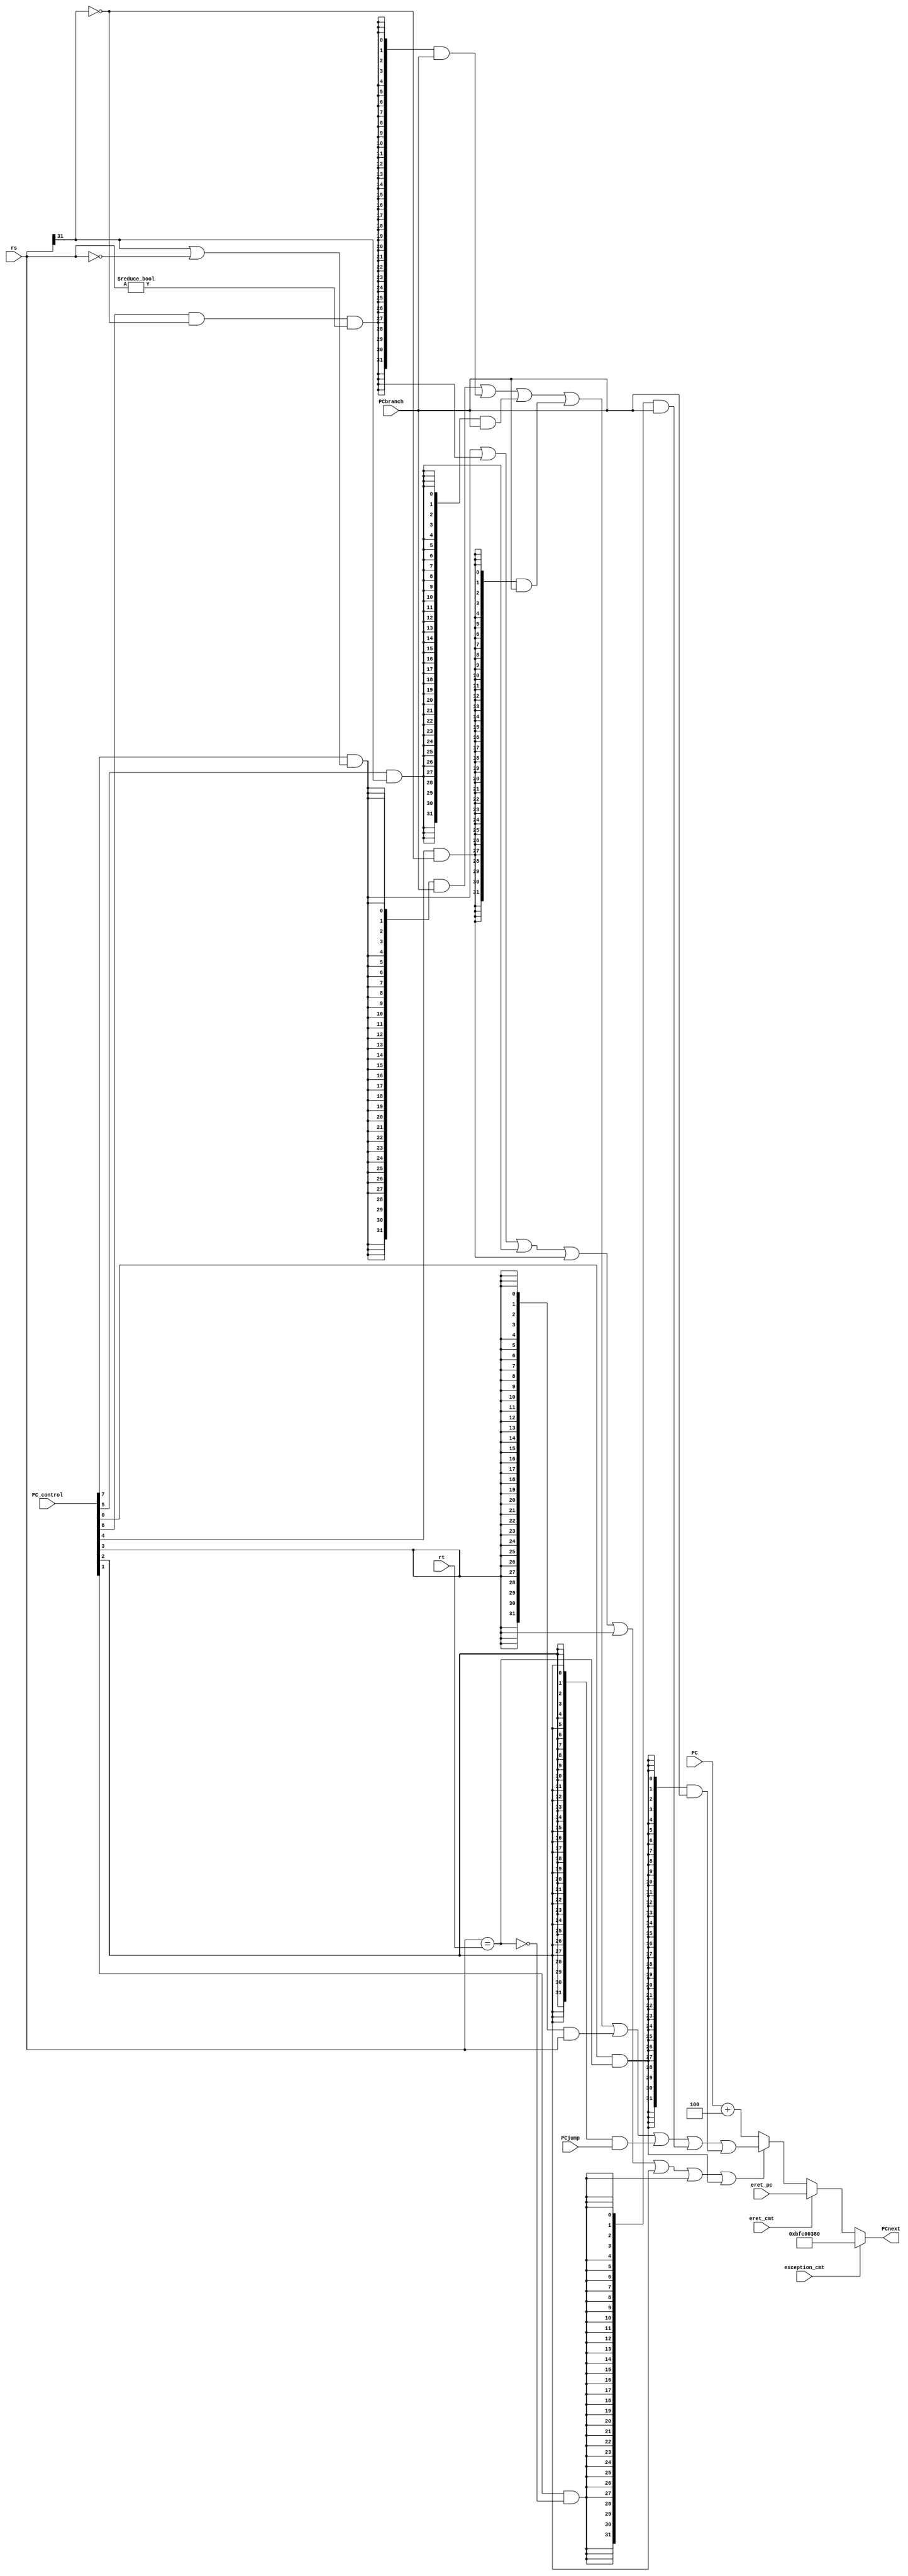
module branch_jump_control(
  input exception_cmt,
  input eret_cmt,
  input [31:0] eret_pc,
	input [7:0] PC_control,
	input [31:0] PCbranch,
	input [31:0] PCjump,
	input [31:0] PC,
	input [31:0] rs,
	input [31:0] rt,
	output [31:0] PCnext
	);
wire zero;
wire [31:0] PCbranch_jump;
wire bj;
assign bj =  (PC_control[7]&(rs[31]|(rs==32'd0)))|(PC_control[6]&(~rs[31])&(rs!=32'd0))
          |(PC_control[5]&rs[31]) | (PC_control[4]&(~rs[31])) 
          | PC_control[3] | PC_control[2] | (PC_control[1]&(~zero)) |(PC_control[0]&zero);

assign zero = (rs==rt);
assign PCbranch_jump=({32{PC_control[7]&(rs[31]|(rs==32'd0))}} & PCbranch)//blez
   |({32{PC_control[6]&(~rs[31])&(rs!=32'd0)}} & PCbranch)//bgtz
   |({32{PC_control[5]&rs[31]}} & PCbranch)//bltz
   |({32{PC_control[4]&(~rs[31])}} & PCbranch)//bgez
   |({32{PC_control[3]}} & rs)//jr
   |({32{PC_control[2]}} & PCjump   )//jal
   |({32{PC_control[1]&(~zero)}} & PCbranch)//bne
   |({32{PC_control[0]&zero}} & PCbranch);//beq

assign PCnext=(exception_cmt)?32'hbfc00380:(eret_cmt==1'd1)?eret_pc:(bj==1'd1)?PCbranch_jump:(PC+32'd4);
endmodule